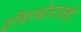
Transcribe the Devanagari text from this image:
टॉवरबोल्टलाही